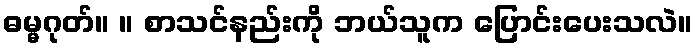
ဓမ္မဂုတ်။ ။ စာသင်နည်းကို ဘယ်သူက ပြောင်းပေးသလဲ။